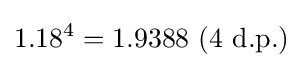
1.18^{4}=1.9388{\text{ (4 d.p.)}}